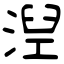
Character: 湼